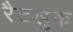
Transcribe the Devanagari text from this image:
रैटलुक